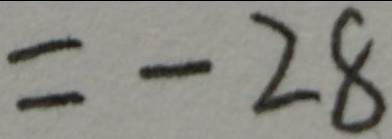
= - 2 8